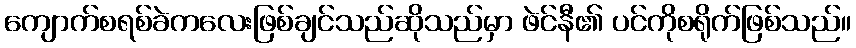
ကျောက်စရစ်ခဲကလေးဖြစ်ချင်သည်ဆိုသည်မှာ ဖဲင်နီ၏ ပင်ကိုစရိုက်ဖြစ်သည်။